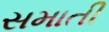
સમાતી